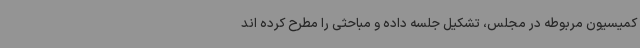
کمیسیون مربوطه در مجلس، تشکیل جلسه داده و مباحثی را مطرح کرده اند